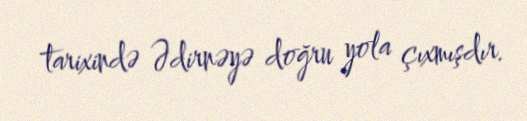
tarixində Ədirnəyə doğru yola çıxmışdır.